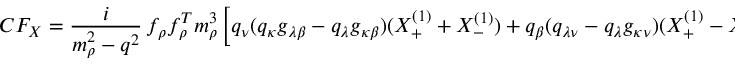
C F _ { X } = \frac { i } { m _ { \rho } ^ { 2 } - q ^ { 2 } } \, f _ { \rho } f _ { \rho } ^ { T } m _ { \rho } ^ { 3 } \left[ q _ { \nu } ( q _ { \kappa } g _ { \lambda \beta } - q _ { \lambda } g _ { \kappa \beta } ) ( X _ { + } ^ { ( 1 ) } + X _ { - } ^ { ( 1 ) } ) + q _ { \beta } ( q _ { \lambda \nu } - q _ { \lambda } g _ { \kappa \nu } ) ( X _ { + } ^ { ( 1 ) } - X _ { - } ^ { ( 1 ) } ) \right] ,